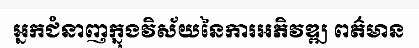
អ្នកជំនាញក្នុងវិស័យនៃការអភិវឌ្ឍ ពត៌មាន